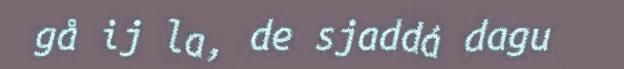
gå ij la, de sjaddá dagu